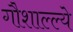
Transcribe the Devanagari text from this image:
गौशाल्ल्ये